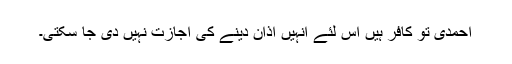
احمدی تو کافر ہیں اس لئے انہیں اذان دینے کی اجازت نہیں دی جا سکتی۔